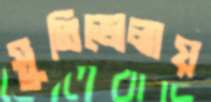
সুতিভোলায়